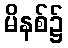
မိနစ်၌